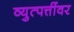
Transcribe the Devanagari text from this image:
व्युत्पत्तींवर